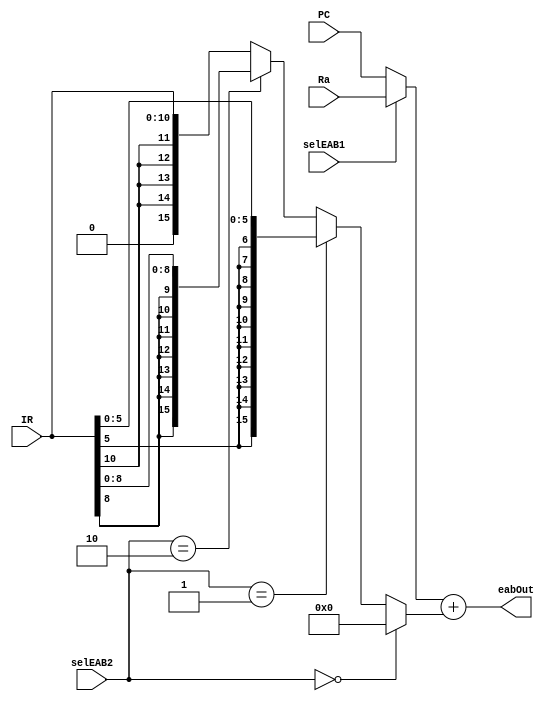
`timescale 1ns / 1ps
`default_nettype none
//////////////////////////////////////////////////////////////////////////////////
// Company: 
// Engineer: 
// 
// Design Name: 
// Module Name:    EAB 
// Project Name: 
// Target Devices: 
// Tool versions: 
// Description: 
//
// Dependencies: 
//
// Revision: 
// Revision 0.01 - File Created
// Additional Comments: 
//
//////////////////////////////////////////////////////////////////////////////////
module EAB(eabOut, IR, Ra, PC, selEAB1, selEAB2);
	input [10:0] IR;
	input [15:0] Ra;
	input [15:0] PC;
	input selEAB1;
	input [1:0] selEAB2;
	output [15:0] eabOut;
	
	wire [15:0] pc_offset9;
	wire [15:0] pc_offset11;
	wire [15:0] offset6;
	wire [15:0] addr2;
	wire [15:0] addr1;
	
	// extract various offsets from IR
	// and sign extend
	assign pc_offset9 = { {7{IR[8]}}, IR[8:0]};
	assign pc_offset11 = { {4{IR[10]}}, IR[10:0]};
	assign offset6 = { {10{IR[5]}}, IR[5:0]};
	
	assign addr2 = (selEAB2 == 0) ? 0 :
						(selEAB2 == 1) ? offset6 :
						(selEAB2 == 2) ? pc_offset9 :
						pc_offset11;
						
	assign addr1 = selEAB1 ? Ra : PC;
	
	assign eabOut = addr1 + addr2;
endmodule